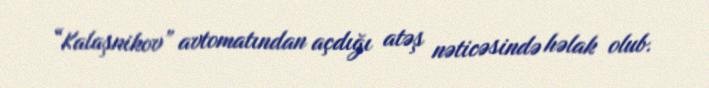
“Kalaşnikov” avtomatından açdığı atəş nəticəsində həlak olub.